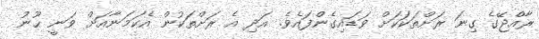
ރާއްޖޭގެ ގިނަ ރަށްތަކަކަށް ވަޑައިގެންފައެވެ. އަދި އެ ރަށްތަކުން އެކަމަނާއަށް ވަނީ ޙޫނު